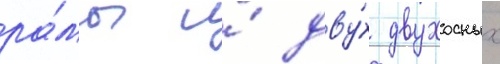
ра́мы и́ дву́х двухосных